King Institute of Preventive Medicine Micro-Biological Section reports 1912-19
Year: 1912
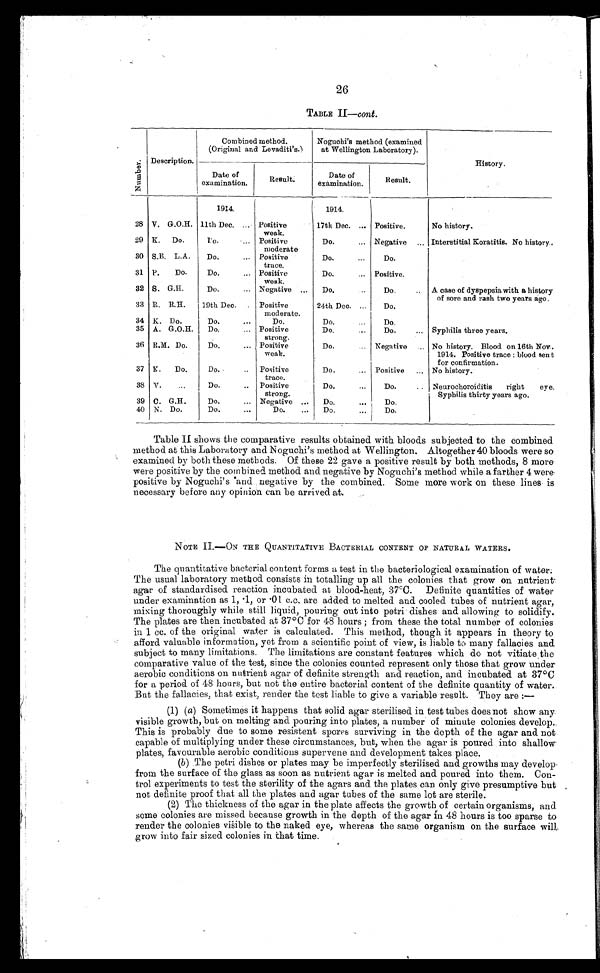
26
TABLE II— cont .
Number.
Description.
Combined method.
(Original and Levaditi's.)
Noguchi's method (examined
at Wellington Laboratory).
History.
Date of
examination.
Result.
Date of
examination.
Result.
1914.
1 9 1 4 .
28
V. G.O.H.
11th Dec. . . .
Positive
weak.
17th Dec. . . . Positive.
No history.
29
K. Do.
D o . . . .
Positive
moderate
Do. . . .
Negative . . .
Interstitial Koratitis. No history.
30
S.B. L.A.
Do. . . . Positive
trace.
Do. . . .
Do.
31
P. Do.
Do. . . . Positive
weak.
Do. . . .
Positive.
32
S. G.H.
Do. . . . Negative . . .
Do.
Do.
A case of dyspepsia with a history
of sore and rash two years ago.
33
R. RH.
19th Dec.
Positive
moderate.
24th Dec. . . .
Do.
34
K. Do.
Do. . . .
Do.
Do.
Do.
35
A. G.O.H.
Do. . . . Positive
strong.
Do. . . .
Do. . . .
Syphilis three years.
36
R.M. Do.
Do. . . . Positive
weak.
Do. . . .
Negative . . .
No history. Blood on 16th Nov.
1914. Positive trace : blood sent
for confirmation.
37
K. Do.
Do. . . .
Positive
trace.
Do. . . .
Positive
No history.
38
V. . . .
Do. . . .
Positive
strong.
Do. . . .
Do. . . .
Neurochoroiditis right eye.
Syphilis thirty years ago.
39
C. G.H.
Do. . . . Negative . . .
Do. . . .
Do.
40
N. Do.
Do. . . .
Do. . . .
Do. . . .
Do.
Table II shows the comparative results obtained with bloods subjected to the combined
method at this Laboratory and Noguchi's method at Wellington. Altogether 40 bloods were so
examined by both these methods. Of these 22 gave a positive result by both methods, 8 more
were positive by the combined method and negative by Noguchi's method while a farther 4 were
positive by Noguchi's and negative by the combined. Some more work on these lines is
necessary before any opinion can be arrived at.
NOTE II.—ON THE QUANTITATIVE BACTERIAL CONTENT OF NATURAL WATERS.
The quantitative bacterial content forms a test in the bacteriological examination of water.
The usual laboratory method consists in totalling up all the colonies that grow on nutrient
agar of standardised reaction incubated at blood-heat, 37°C. Definite quantities of water
under examination as 1, .1, or .01 c.c. are added to melted and cooled tubes of nutrient agar,
mixing thoroughly while still liquid, pouring out into petri dishes and allowing to solidify.
The plates are then incubated at 37°C for 48 hours ; from these the total number of colonies
in 1 cc. of the original water is calculated. This method, though it appears in theory to
afford valuable information, yet from a scientific point of view, is liable to many fallacies and
subject to many limitations. The limitations are constant features which do not vitiate the
comparative value of the test, since the colonies counted represent only those that grow under
aerobic conditions on nutrient agar of definite strength and reaction, and incubated at 37°C
for a period of 48 hours, but not the entire bacterial content of the definite quantity of water.
But the fallacies, that exist, render the test liable to give a variable result. They are :—
(1) ( a ) Sometimes it happens that solid agar sterilised in test tubes does not show any
visible growth, but on melting and pouring into plates, a number of minute colonies develop.
This is probably due to some resistent spores surviving in the depth of the agar and not
capable of multiplying under these circumstances, but, when the agar is poured into shallow
plates, favourable aerobic conditions supervene and development takes place.
( b ) The petri dishes or plates may be imperfectly sterilised and growths may develop
from the surface of the glass as soon as nutrient agar is melted and poured into them. Con
- t r o l e x p e r i m e n t s t o t e s t t h e s t e r i l i t y o f t h e a g a r s a n d t h e p l a t e s c a n o n l y g i v e p r e s u m p t i v e b u t
not definite proof that all the plates and agar tubes of the same lot are sterile.
(2)The thickness of the agar in the plate affects the growth of certain organisms, and
some colonies are missed because growth in the depth of the agar in 48 hours is too sparse to
render the colonies visible to the naked eye, whereas the same organism on the surface will
grow into fair sized colonies in that time.